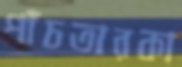
পাঁচতারকা